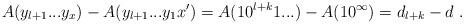
LaTeX: \begin{align*}A(y_{l+1}...y_x) - A(y_{l+1}...y_1x') = A(10^{l+k}1...) - A(1 0 ^\infty) = d_{l+k} - d \ .\end{align*}